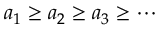
a _ { 1 } \geq a _ { 2 } \geq a _ { 3 } \geq \cdots